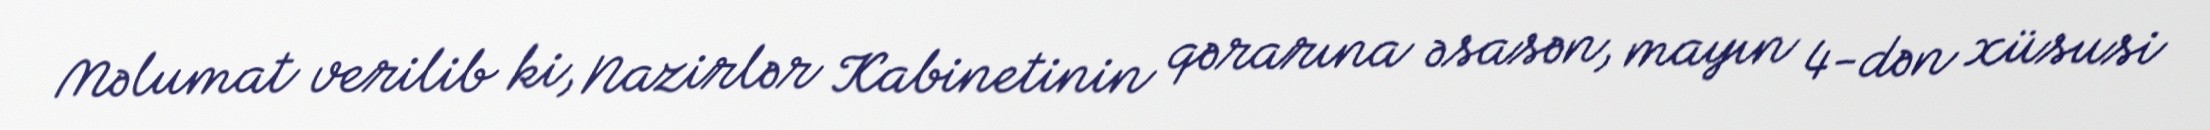
Məlumat verilib ki, Nazirlər Kabinetinin qərarına əsasən, mayın 4-dən xüsusi